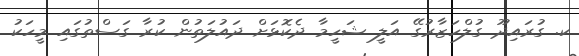
ކ. ގުރައިދޫ ގުލްހަޒާރުގޭ އަލީ ޝަހީމާ ދެކޮޅަށް ދައުލަތުން ކުރާ ގަސްތުގައި މީހަކު